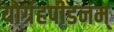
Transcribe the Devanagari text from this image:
योर्ग्रहपीडनम्